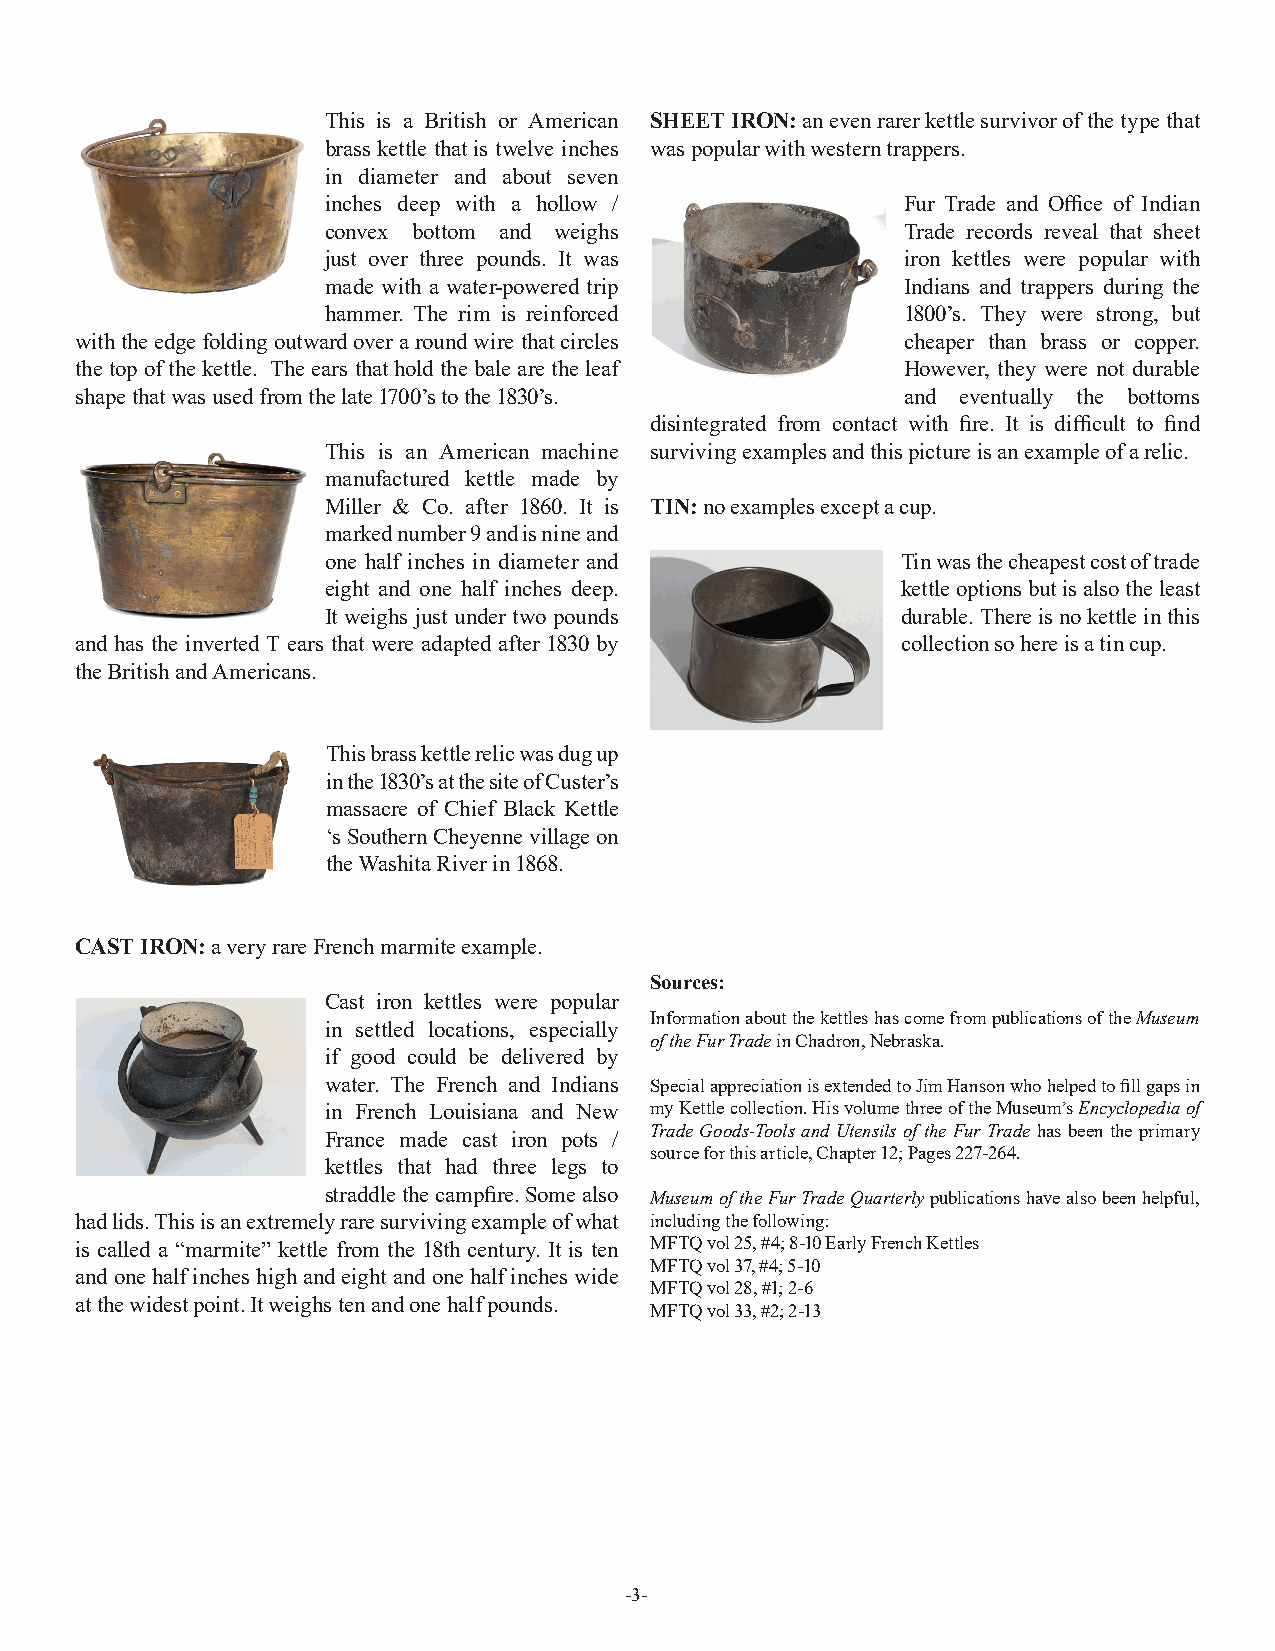
This is a British or American SHEET IRON: an even rarer kettle survivor of the type that
 brass kettle that is twelve inches was popular with western trappers.
 in diameter and about seven
 inches deep with a hollow /           Fur Trade and Office of Indian
 convex bottom and weighs              Trade records reveal that sheet
 just over three pounds. It was        iron kettles were popular with
 made with a water-powered trip        Indians and trappers during the
 hammer. The rim is reinforced         1800’s. They were strong, but
 with the edge folding outward over a round wire that circles cheaper than brass or copper.
 the top of the kettle. The ears that hold the bale are the leaf However, they were not durable
 shape that was used from the late 1700’s to the 1830’s. and eventually the bottoms
 disintegrated from contact with fire. It is difficult to find
 This is an American machine surviving examples and this picture is an example of a relic.
 manufactured kettle made by
 Miller & Co. after 1860. It is TIN: no examples except a cup.
 marked number 9 and is nine and
 one half inches in diameter and       Tin was the cheapest cost of trade
 eight and one half inches deep.       kettle options but is also the least
 It weighs just under two pounds       durable. There is no kettle in this
 and has the inverted T ears that were adapted after 1830 by collection so here is a tin cup.
 the British and Americans.
 This brass kettle relic was dug up
 in the 1830’s at the site of Custer’s
 massacre of Chief Black Kettle
 ‘s Southern Cheyenne village on
 the Washita River in 1868.
 CAST IRON: a very rare French marmite example.
 Sources:
 Cast iron kettles were popular
 Information about the kettles has come from publications of the Museum
 in settled locations, especially
 of the Fur Trade in Chadron, Nebraska.
 if good could be delivered by
 water. The French and Indians Special appreciation is extended to Jim Hanson who helped to fill gaps in
 in French Louisiana and New my Kettle collection. His volume three of the Museum’s Encyclopedia of
 Trade Goods-Tools and Utensils of the Fur Trade has been the primary
 France made cast iron pots /
 source for this article, Chapter 12; Pages 227-264.
 kettles that had three legs to
 straddle the campfire. Some also Museum of the Fur Trade Quarterly publications have also been helpful,
 had lids. This is an extremely rare surviving example of what including the following:
 is called a “marmite” kettle from the 18th century. It is ten MFTQ vol 25, #4; 8-10 Early French Kettles
 MFTQ vol 37, #4; 5-10
 and one half inches high and eight and one half inches wide
 MFTQ vol 28, #1; 2-6
 at the widest point. It weighs ten and one half pounds.
 MFTQ vol 33, #2; 2-13
 -3-